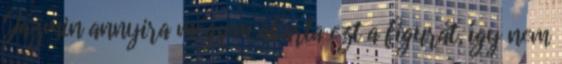
Jázmin annyira mégsem akarta ezt a figurát, így nem